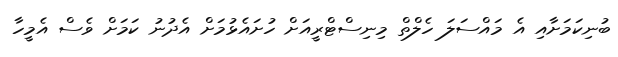
ބުނިކަމަށާއި އެ މައްސަލަ ހެލްތް މިނިސްޓްރީއަށް ހުށައެޅުމަށް އެދުނު ކަމަށް ވެސް އެމީހާ